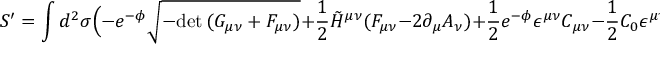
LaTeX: S ^ { \prime } = \int d ^ { 2 } \sigma \Big ( - e ^ { - \phi } \sqrt { - \mathrm { d e t } \, ( G _ { \mu \nu } + { \cal F } _ { \mu \nu } ) } + \frac { 1 } { 2 } \tilde { H } ^ { \mu \nu } ( F _ { \mu \nu } - 2 \partial _ { \mu } A _ { \nu } ) + \frac { 1 } { 2 } e ^ { - \phi } \epsilon ^ { \mu \nu } C _ { \mu \nu } - \frac { 1 } { 2 } C _ { 0 } \epsilon ^ { \mu \nu } F _ { \mu \nu } \Big )